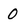
Character: 0